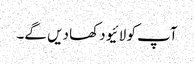
آپ کو لائیو دکھا دیں گے۔